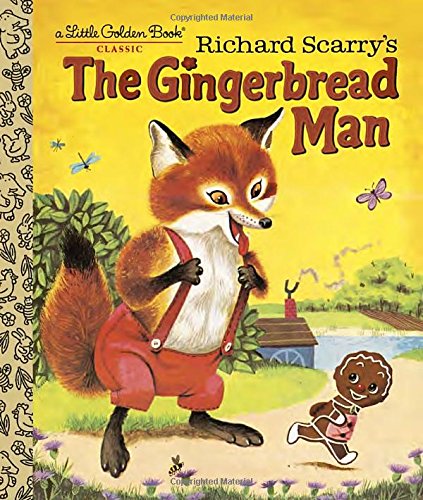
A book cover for Richard Scarry's The Gingerbread Man (Little Golden Book); Nancy Nolte; Children's Books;